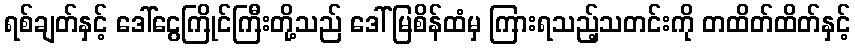
ရစ်ချတ်နှင့် ဒေါ်ငွေကြိုင်ကြီးတို့သည် ဒေါ်မြစိန်ထံမှ ကြားရသည့်သတင်းကို တထိတ်ထိတ်နှင့်